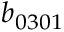
b _ { 0 3 0 1 }